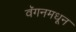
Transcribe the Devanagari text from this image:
वॅगनमधून